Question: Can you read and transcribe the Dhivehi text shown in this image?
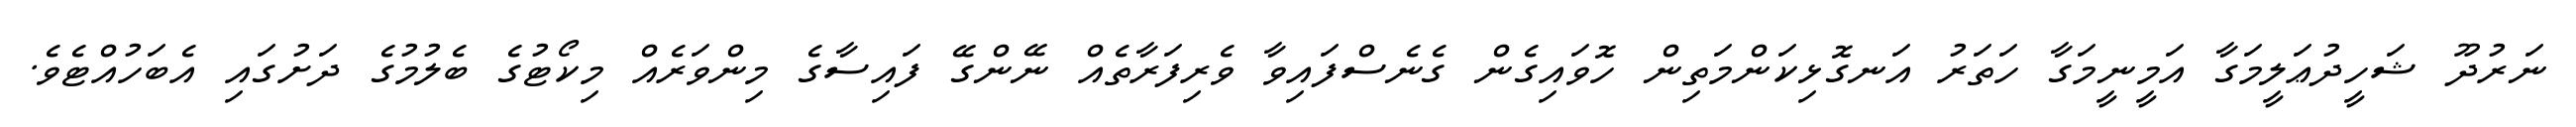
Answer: ނަރުދޫ ޝަހީދުޢަލީމަގާ އަމީނީމަގާ ހަތަރު އަނގޮޅިކަންމަތިން ހޮވައިގެން ގެނެސްފައިވާ ވެރިފަރާތެއް ނޭންގޭ ފައިސާގެ މިންވަރެއް މިކޯޓުގެ ބެލުމުގެ ދަށުގައި އެބަހުއްޓެވެ.